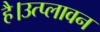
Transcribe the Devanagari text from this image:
है।उत्प्लावन